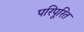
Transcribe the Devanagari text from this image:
परिपूरित